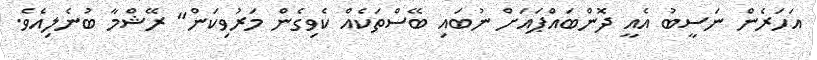
އަހަރެން ނަސީބު އެއީ ދޮންބައްޕައަށް ނުބައި ބޭސްތަކެއް ކެވިގެން މަރުވިކަން" ރޭޝްމާ ބުނެލިއެވެ.